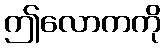
ဤလောကကို